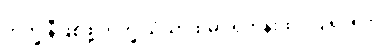
ဘိက္ခုနီဖြစ်ဖို့ ဘိက္ခုသံဃာထံမှာ ရဟန်းထပ်ပြုရခြင်း